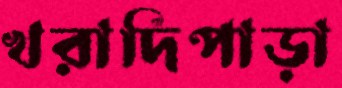
খরাদিপাড়া